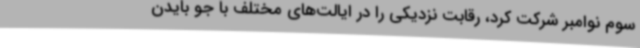
سوم نوامبر شرکت کرد، رقابت نزدیکی را در ایالت‌های مختلف با جو بایدن